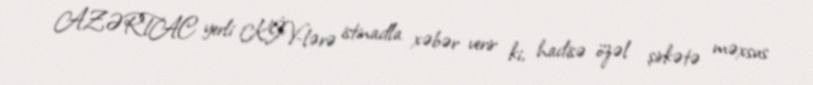
AZƏRTAC yerli KİV-lərə istinadla xəbər verir ki, hadisə özəl şirkətə məxsus